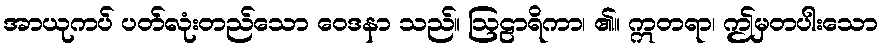
အာယုကပ် ပတ်လုံးတည်သော ဝေဒနာ သည်။ ဩဠာရိကာ၊ ၏။ ဣတရာ၊ ဤမှတပါးသော